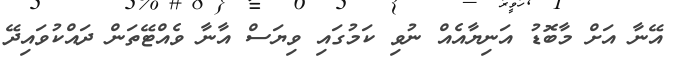
އޭނާ އަށް މާބޮޑު އަނިޔާއެއް ނުވި ކަމުގައި ވިޔަސް އާނާ ވެއްޓޭތަން ދައްކުވައިދޭ